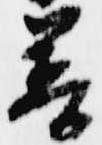
善